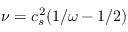
\nu = c _ { s } ^ { 2 } ( 1 / \omega - 1 / 2 )